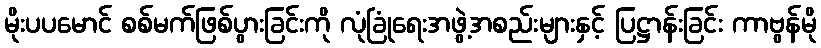
မိုးပပမောင် စစ်မက်ဖြစ်ပွားခြင်းကို လုံခြုံရေးအဖွဲ့အစည်းများနှင့် ပြဋ္ဌာန်းခြင်း ကာဗွန်မို